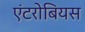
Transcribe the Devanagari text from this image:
एंटरोबियस